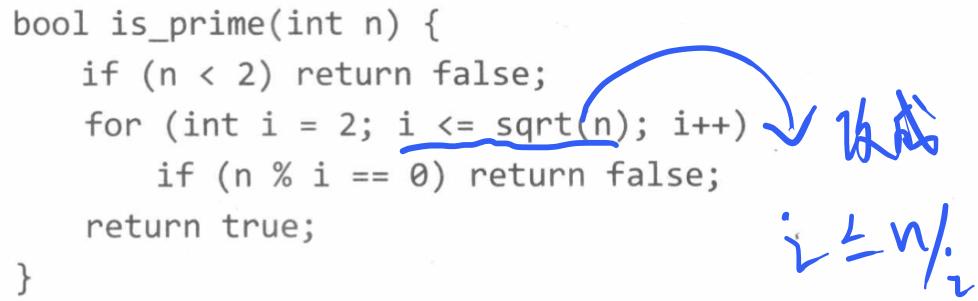
```cpp
bool is_prime(int n) {
    if (n < 2) return false;
    for (int i = 2; i <= sqrt(n); i++)
        if (n % i == 0) return false;
    return true;
}
```